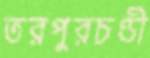
তরপুরচণ্ডী